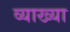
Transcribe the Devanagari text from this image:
व्याख्‍या